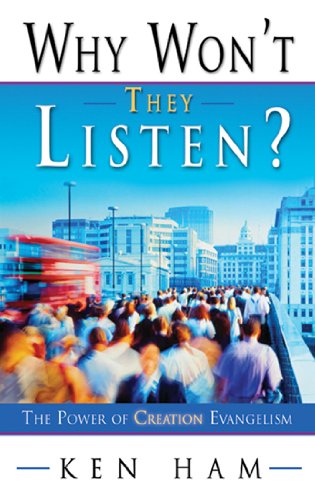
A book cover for Why Won't They Listen?; Ken Ham; Christian Books & Bibles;